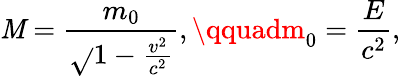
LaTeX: \mathit{M}={\frac{{m_{0}}}{{\sqrt{}{{1-{\frac{{v^{2}}}{{c^{2}}}}}}}}},\qquadm_{0}={\frac{{E}}{{c^{2}}}},